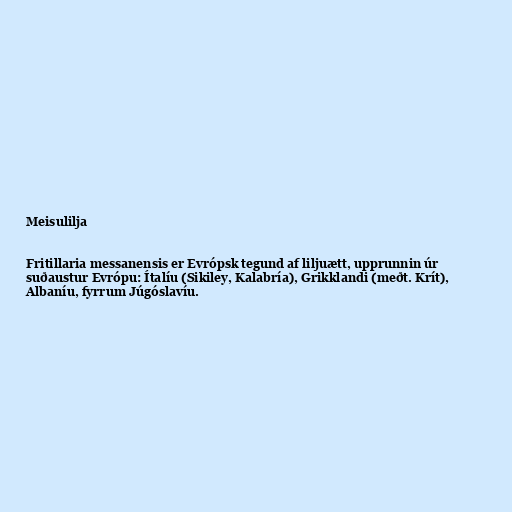
Meisulilja

Fritillaria messanensis er Evrópsk tegund af liljuætt, upprunnin úr
suðaustur Evrópu: Ítalíu (Sikiley, Kalabría), Grikklandi (meðt. Krít),
Albaníu, fyrrum Júgóslavíu.